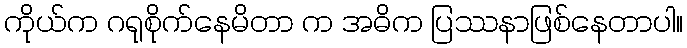
ကိုယ်က ဂရုစိုက်နေမိတာ က အဓိက ပြဿနာဖြစ်နေတာပါ။